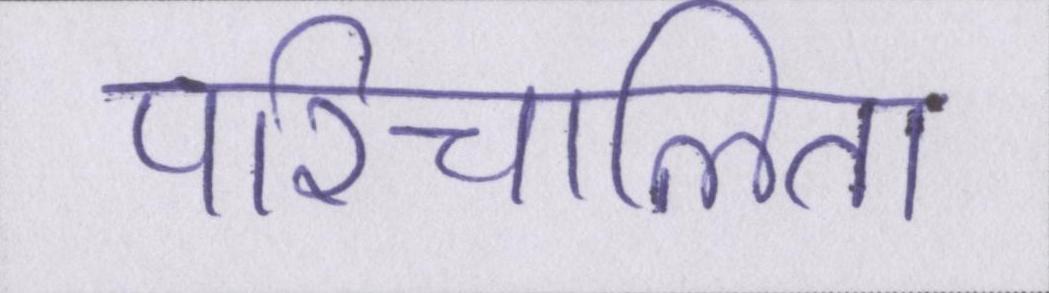
परिचालित